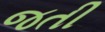
જતી